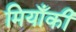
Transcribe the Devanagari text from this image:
मियाँकी